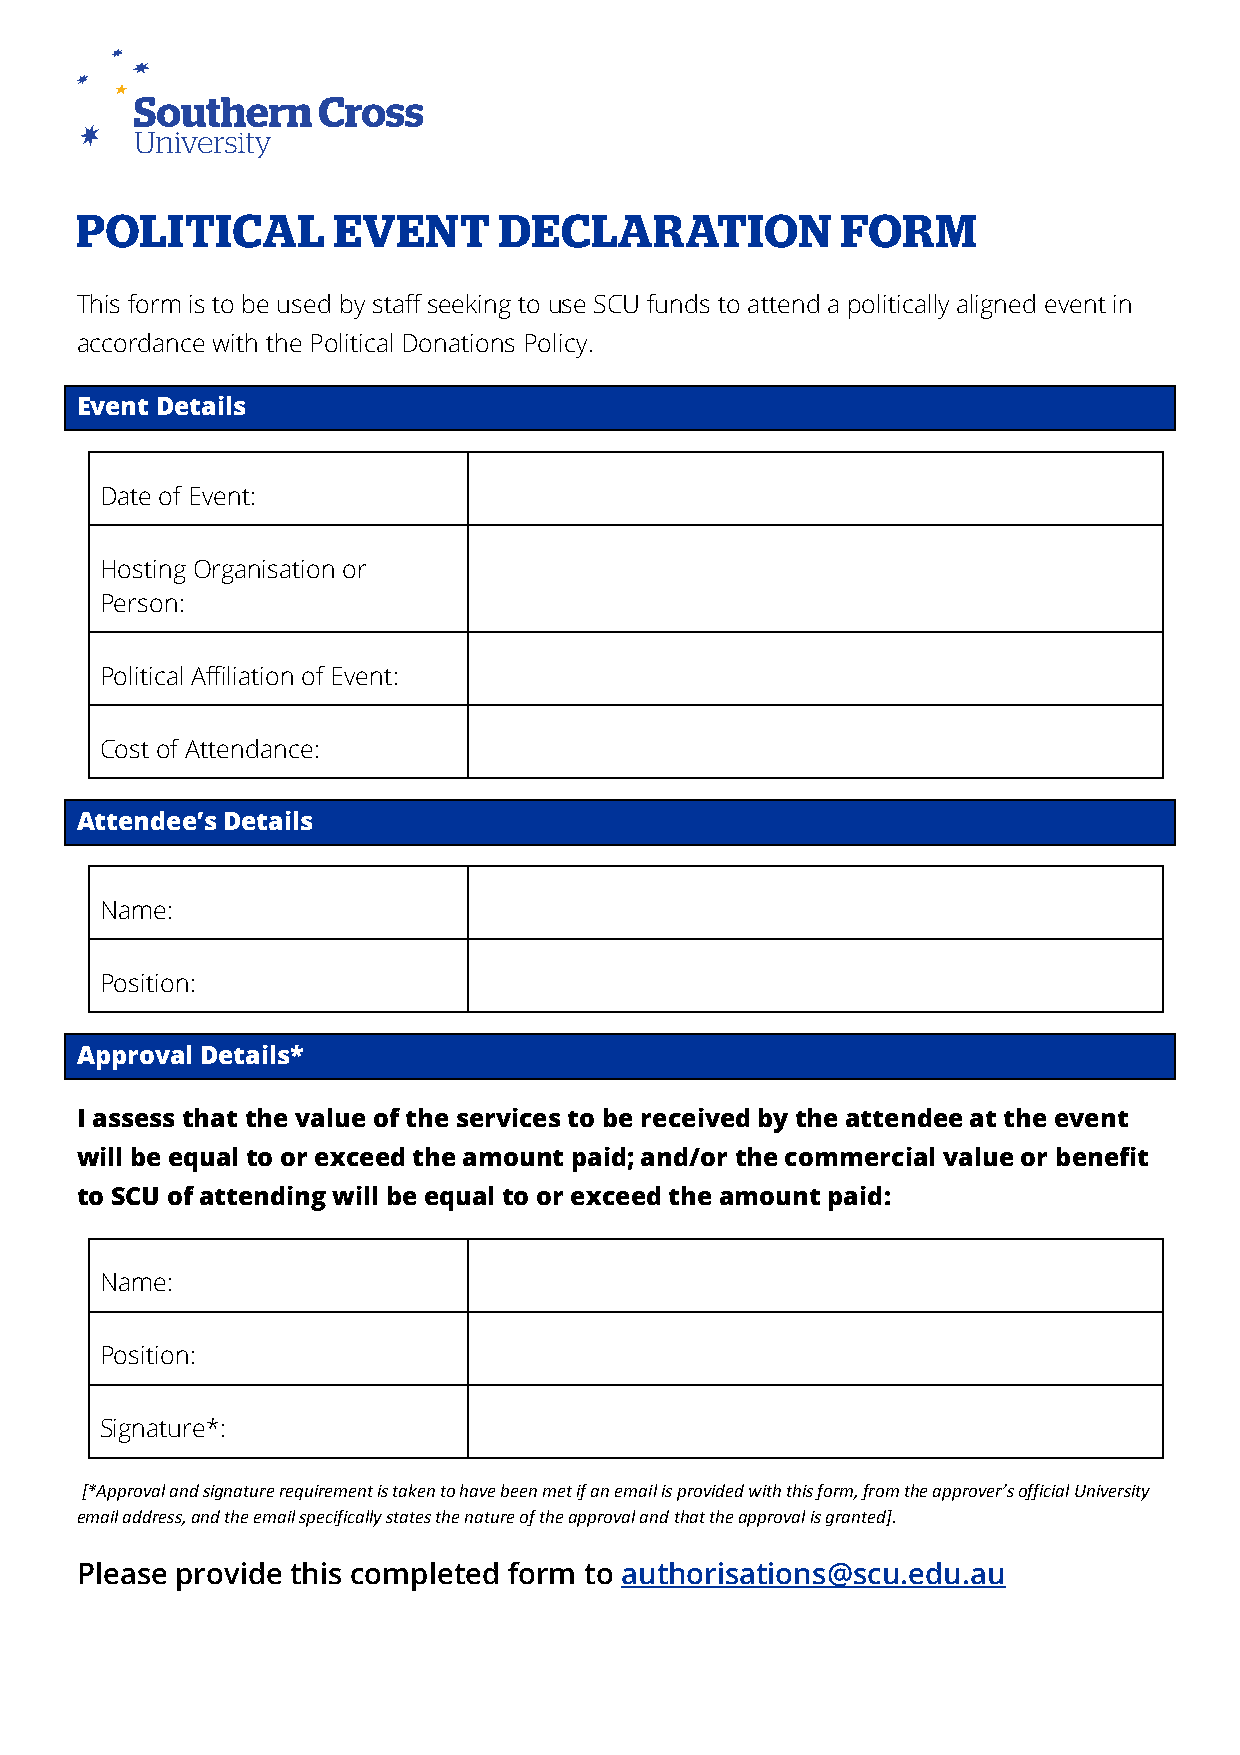
This form is to be used by staff seeking to use SCU funds to attend a politically aligned event in
 accordance with the Political Donations Policy.
 Event Details
 Date of Event:
 Hosting Organisation or
 Person:
 Political Affiliation of Event:
 Cost of Attendance:
 Attendee’s Details
 Name:
 Position:
 Approval Details*
 I assess that the value of the services to be received by the attendee at the event
 will be equal to or exceed the amount paid; and/or the commercial value or benefit
 to SCU of attending will be equal to or exceed the amount paid:
 Name:
 Position:
 Signature*:
 [*Approval and signature requirement is taken to have been met if an email is provided with this form, from the approver’s official University
 email address, and the email specifically states the nature of the approval and that the approval is granted].
 Please provide this completed form to authorisations@scu.edu.au